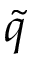
\tilde { q }